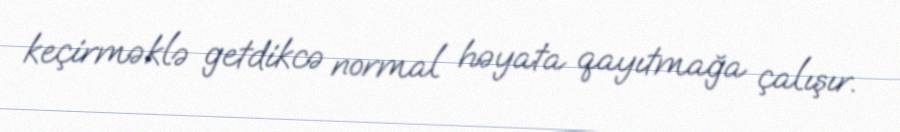
keçirməklə getdikcə normal həyata qayıtmağa çalışır.